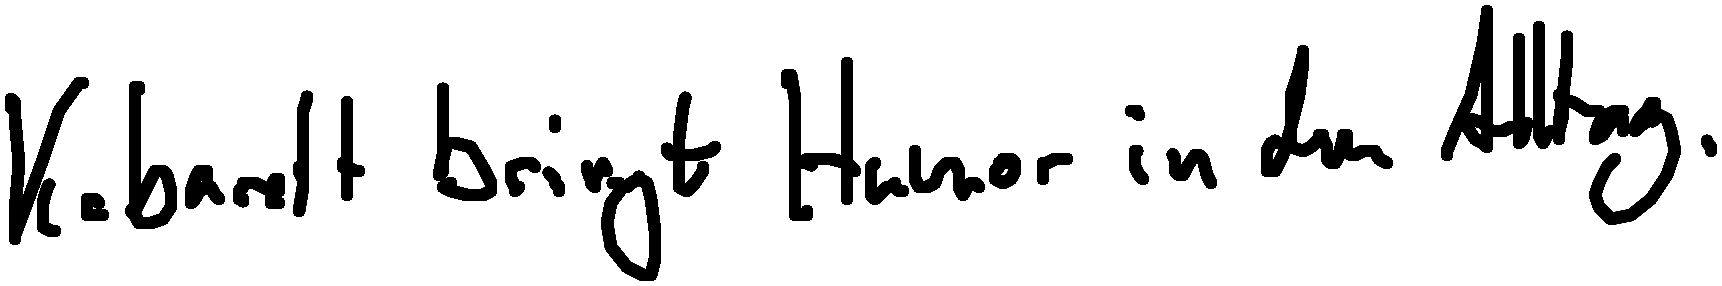
Kabarett bringt Humor in den Alltag.